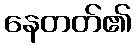
နေတတ်၏